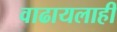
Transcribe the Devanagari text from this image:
वाढायलाही